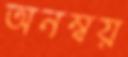
অনম্বয়